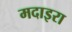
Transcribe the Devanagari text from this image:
मदाइरा